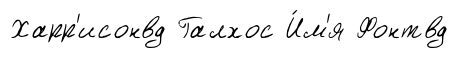
Харр'исонвд Галхос И́м'я Фонтвд